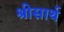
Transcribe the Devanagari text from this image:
श्रीसार्थ